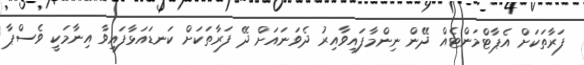
ފަރާތަކަށް އެޕާޓްމަންޓެއް ދޭން ނިންމާފައިވާއިރު ދެވަނައަށް ދޭ ފަރާތަކަށް ކަނޑައަޅާފައިވާ އިނާމަކީ ވެސްޕާ